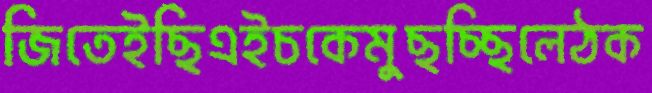
জিতেইছিএইচকেমুছচ্ছিলেঠক